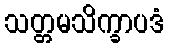
သတ္တမသိက္ခာပဒံ